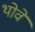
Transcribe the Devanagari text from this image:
थोवे